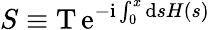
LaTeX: S\equiv\mathrm{T\, e}^{-\mathrm{i}\int_{0}^{x}\mathrm{d}sH(s)}